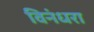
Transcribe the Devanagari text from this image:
विनंधरा